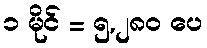
၁ မိုင် = ၅,၂၈၀ ပေ